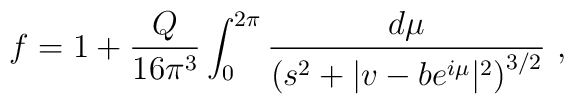
f=1 + \frac{Q}{16\pi^3}\int_0^{2\pi}\frac{d\mu}{\left(s^2+|v-be^{i\mu}|^2\right)^{3/2}}  \ ,